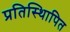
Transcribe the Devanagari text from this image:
प्रतिस्थिापित